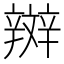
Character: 辬